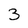
Character: 3